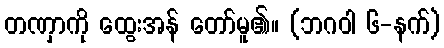
တဏှာကို ထွေးအန် တော်မူ၏။ (ဘဂဝါ ၆-နက်)